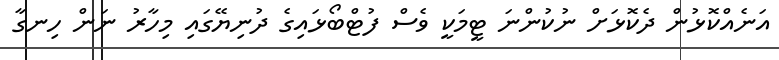
އަނެއްކޮޅުން ދެކޮޅަށް ނުކުންނަ ޓީމަކީ ވެސް ފުޓްބޯޅައިގެ ދުނިޔޭގައި މިހާރު ނަން ހިނގާ